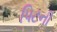
પિટની